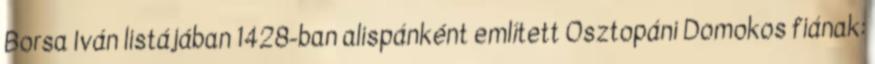
Borsa Iván listájában 1428-ban alispánként említett Osztopáni Domokos fiának: